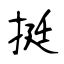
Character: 挺